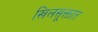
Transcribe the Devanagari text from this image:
खिलसूक्तात